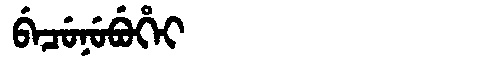
Manchu: ᠪᡝᠴᡠᠨᡠᠪᡠᡥᡝᡳ
Romanization: BECUNUBUHEI